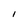
Character: l